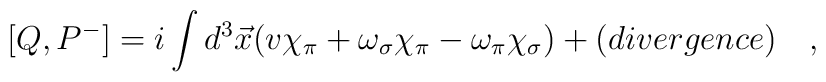
[Q, P^-]=i\int d^3 \vec{x} (v\chi_{\pi}+\omega_{\sigma}\chi_{\pi}-\omega_{\pi}\chi_{\sigma})+(divergence)\quad,